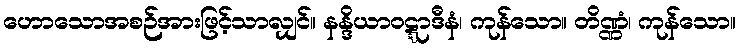
ဟောသောအစဉ်အားဖြင့်သာလျှင်။ နန္ဒိယာဝဋ္ဋာဒီနံ၊ ကုန်သော။ တိဏ္ဏံ၊ ကုန်သော။